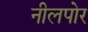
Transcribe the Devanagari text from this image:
नीलपोर